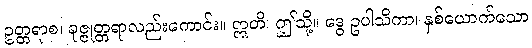
ဥတ္တရာစ၊ ခုဇ္ဇုတ္တရာလည်းကောင်း။ ဣတိ၊ ဤသို့။ ဒွေ ဥပါသိကာ၊ နှစ်ယောက်သော